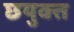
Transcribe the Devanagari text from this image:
छयुक्त